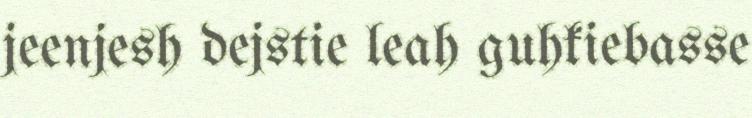
jeenjesh dejstie leah guhkiebasse